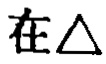
在$\triangle$